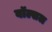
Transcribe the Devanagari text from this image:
वॉल्सल